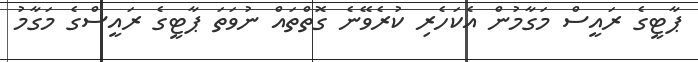
ޕާޓީގެ ރައީސް މަގާމުން އެކަހެރި ކުރެވޭނެ ގޮތްތައް ނުވަތަ ޕާޓީގެ ރައީސްގެ މަގާމު